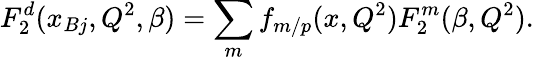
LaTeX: F_{2}^{d}(x_{Bj},Q^{2},\beta)=\sum_{m}f_{m/p}(x,Q^{2})F_{2}^{m}(\beta,Q^{2}).